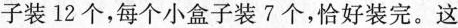
装12个，每个小盒子装7个，恰好装完。这